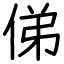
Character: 俤